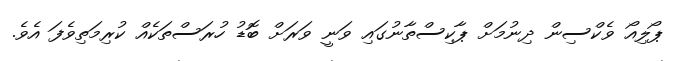
ޕޯލިއޯ ވެކްސިން ދިނުމަށް ޕާކިސްތާނުގައި ވަނީ ވަރަށް ބޮޑު ހުރަސްތަކެއް ކުރިމަތިވެފަ އެވެ.